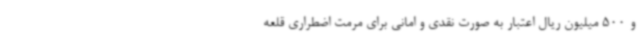
و 500 میلیون ریال اعتبار به صورت نقدی و امانی برای مرمت اضطراری قلعه